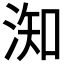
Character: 𣶱